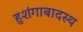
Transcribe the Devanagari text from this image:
हुशंगाबादस्थ